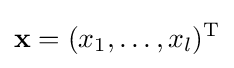
\mathbf {x} =(x_{1},\ldots ,x_{l})^{\mathrm {T} }